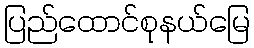
ပြည်ထောင်စုနယ်မြေ